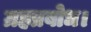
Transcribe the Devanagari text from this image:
ग्रहप्रबोध।